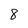
Character: 8